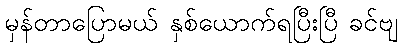
မှန်တာပြောမယ် နှစ်ယောက်ရပြီးပြီ ခင်ဗျ